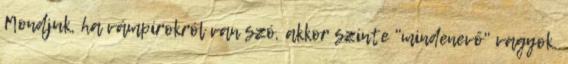
Mondjuk, ha vámpírokról van szó, akkor szinte "mindenevő" vagyok.